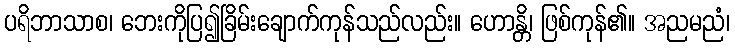
ပရိဘာသာစ၊ ဘေးကိုပြ၍ခြိမ်းချောက်ကုန်သည်လည်း။ ဟောန္တိ၊ ဖြစ်ကုန်၏။ အညမညံ၊